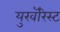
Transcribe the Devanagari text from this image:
युखॅरिस्ट